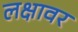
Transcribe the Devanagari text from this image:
लक्षावर